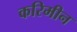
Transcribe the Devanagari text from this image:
करिमीन